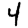
Digit: 4